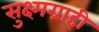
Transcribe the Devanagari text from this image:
सुक्ष्मग्राही